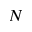
N